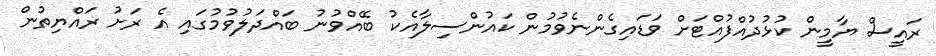
ރައީސް ޔާމީން ކުޅުދުއްފުއްޓަށް ވަޑައިގެންނެވުމުން ކައުންސިލާއެކު ބޭއްވުނު ބައްދަލުވުމުގައި އެ ރަށު ރައްޔިތުން